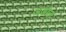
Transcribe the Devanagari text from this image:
अडोल्